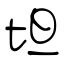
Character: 坦